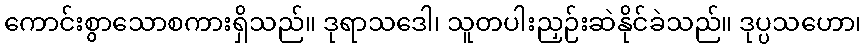
ကောင်းစွာသောစကားရှိသည်။ ဒုရာသဒေါ၊ သူတပါးညှဉ်းဆဲနိုင်ခဲသည်။ ဒုပ္ပသဟော၊